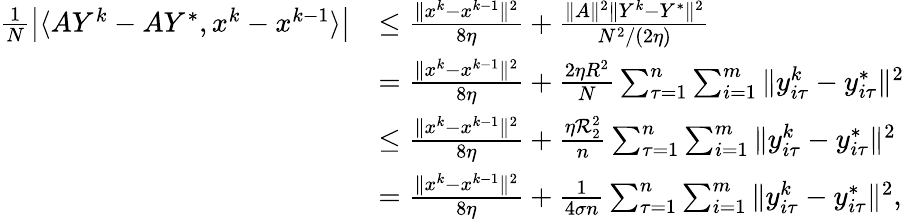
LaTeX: \begin{array}{rl}{\frac{1}{N}\left|\langle AY^{k}-AY^{*},x^{k}-x^{k-1}\rangle\right|}&{\leq\frac{\| x^{k}-x^{k-1}\| ^{2}}{8\eta}+\frac{\| A\| ^{2}\| Y^{k}-Y^{*}\| ^{2}}{N^{2}/(2\eta)}}\\ &{=\frac{\| x^{k}-x^{k-1}\| ^{2}}{8\eta}+\frac{2\eta R^{2}}{N}\sum_{\tau=1}^{n}\sum_{i=1}^{m}\| y_{i\tau}^{k}-y_{i\tau}^{*}\| ^{2}}\\ &{\leq\frac{\| x^{k}-x^{k-1}\| ^{2}}{8\eta}+\frac{\eta{\cal R}_{2}^{2}}{n}\sum_{\tau=1}^{n}\sum_{i=1}^{m}\| y_{i\tau}^{k}-y_{i\tau}^{*}\| ^{2}}\\ &{=\frac{\| x^{k}-x^{k-1}\| ^{2}}{8\eta}+\frac{1}{4\sigma n}\sum_{\tau=1}^{n}\sum_{i=1}^{m}\| y_{i\tau}^{k}-y_{i\tau}^{*}\| ^{2},}\end{array}